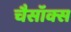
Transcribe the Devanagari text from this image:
चैसॉक्स